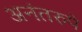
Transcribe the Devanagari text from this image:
अनंतरुपे